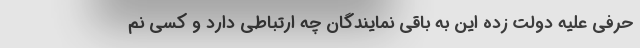
حرفی علیه دولت زده این به باقی نمایندگان چه ارتباطی دارد و کسی نم